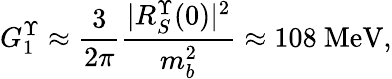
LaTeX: G_{1}^{\Upsilon}\approx{\frac{3}{2\pi}}{\frac{\vert R_{S}^{\Upsilon}(0)\vert^{2}}{m_{b}^{2}}}\approx 108~\mathrm{MeV},